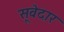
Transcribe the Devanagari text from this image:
सूवेदार